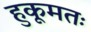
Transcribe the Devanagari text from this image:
हुकूमतः